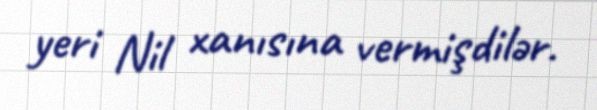
yeri Nil xanısına vermişdilər.